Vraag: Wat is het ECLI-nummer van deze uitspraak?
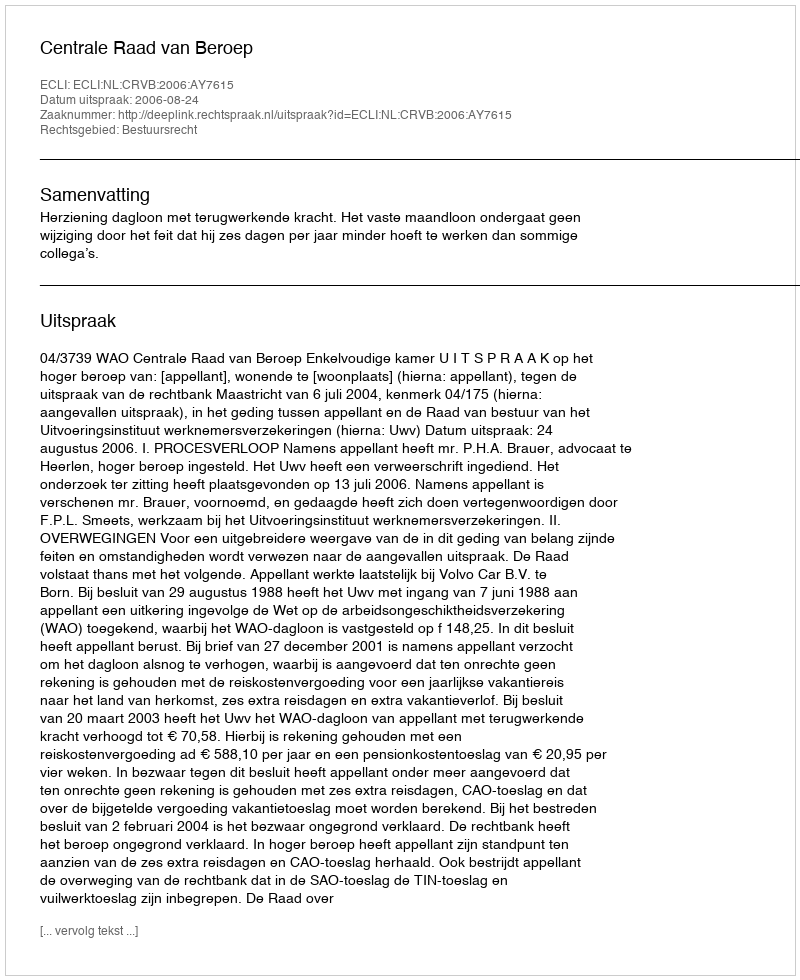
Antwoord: ECLI:NL:CRVB:2006:AY7615